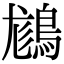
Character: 𪁪